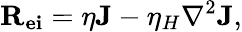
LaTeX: {\mathbf{R_{ei}}}=\eta{\mathbf{J}}-\eta_{H}\nabla^{2}{\mathbf{J}},